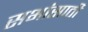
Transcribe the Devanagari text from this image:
सभांसाठी